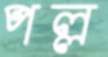
পল্ল